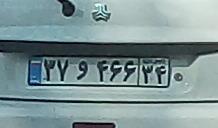
۳۷و۴۶۶۳۴